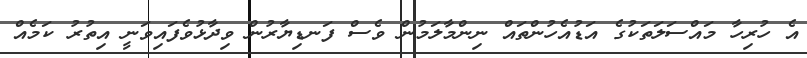
އެ ހުރިހާ މައްސަލަތަކުގެ އަޑުއެހުންތައް ނިންމާލަމުން ވެސް ފަނޑިޔާރުން ވިދާޅުވެފައިވަނީ އިތުރު ކަމެއް